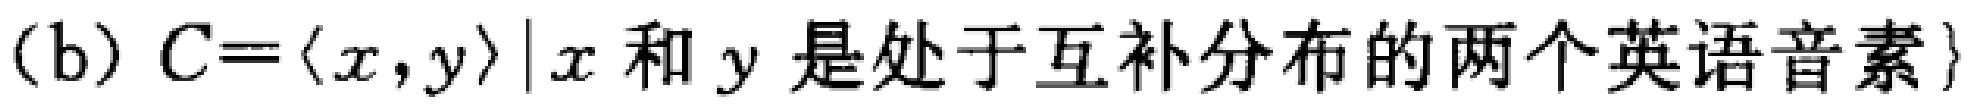
(b) \(C = \{ \langle x,y\rangle|x\text{ 和 }y\text{ 是处于互补分布的两个英语音素}\}\)